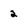
Character: 2